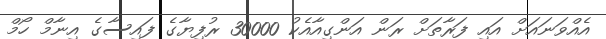
އެއްވަނައަށް އައި ފަރާތަށް ރަން އަންގިއާއެކު 30000 ރުފިޔާގެ ފައިސާގެ އިނާމް ހޯމް